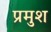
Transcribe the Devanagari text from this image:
प्रमुश